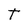
Character: T